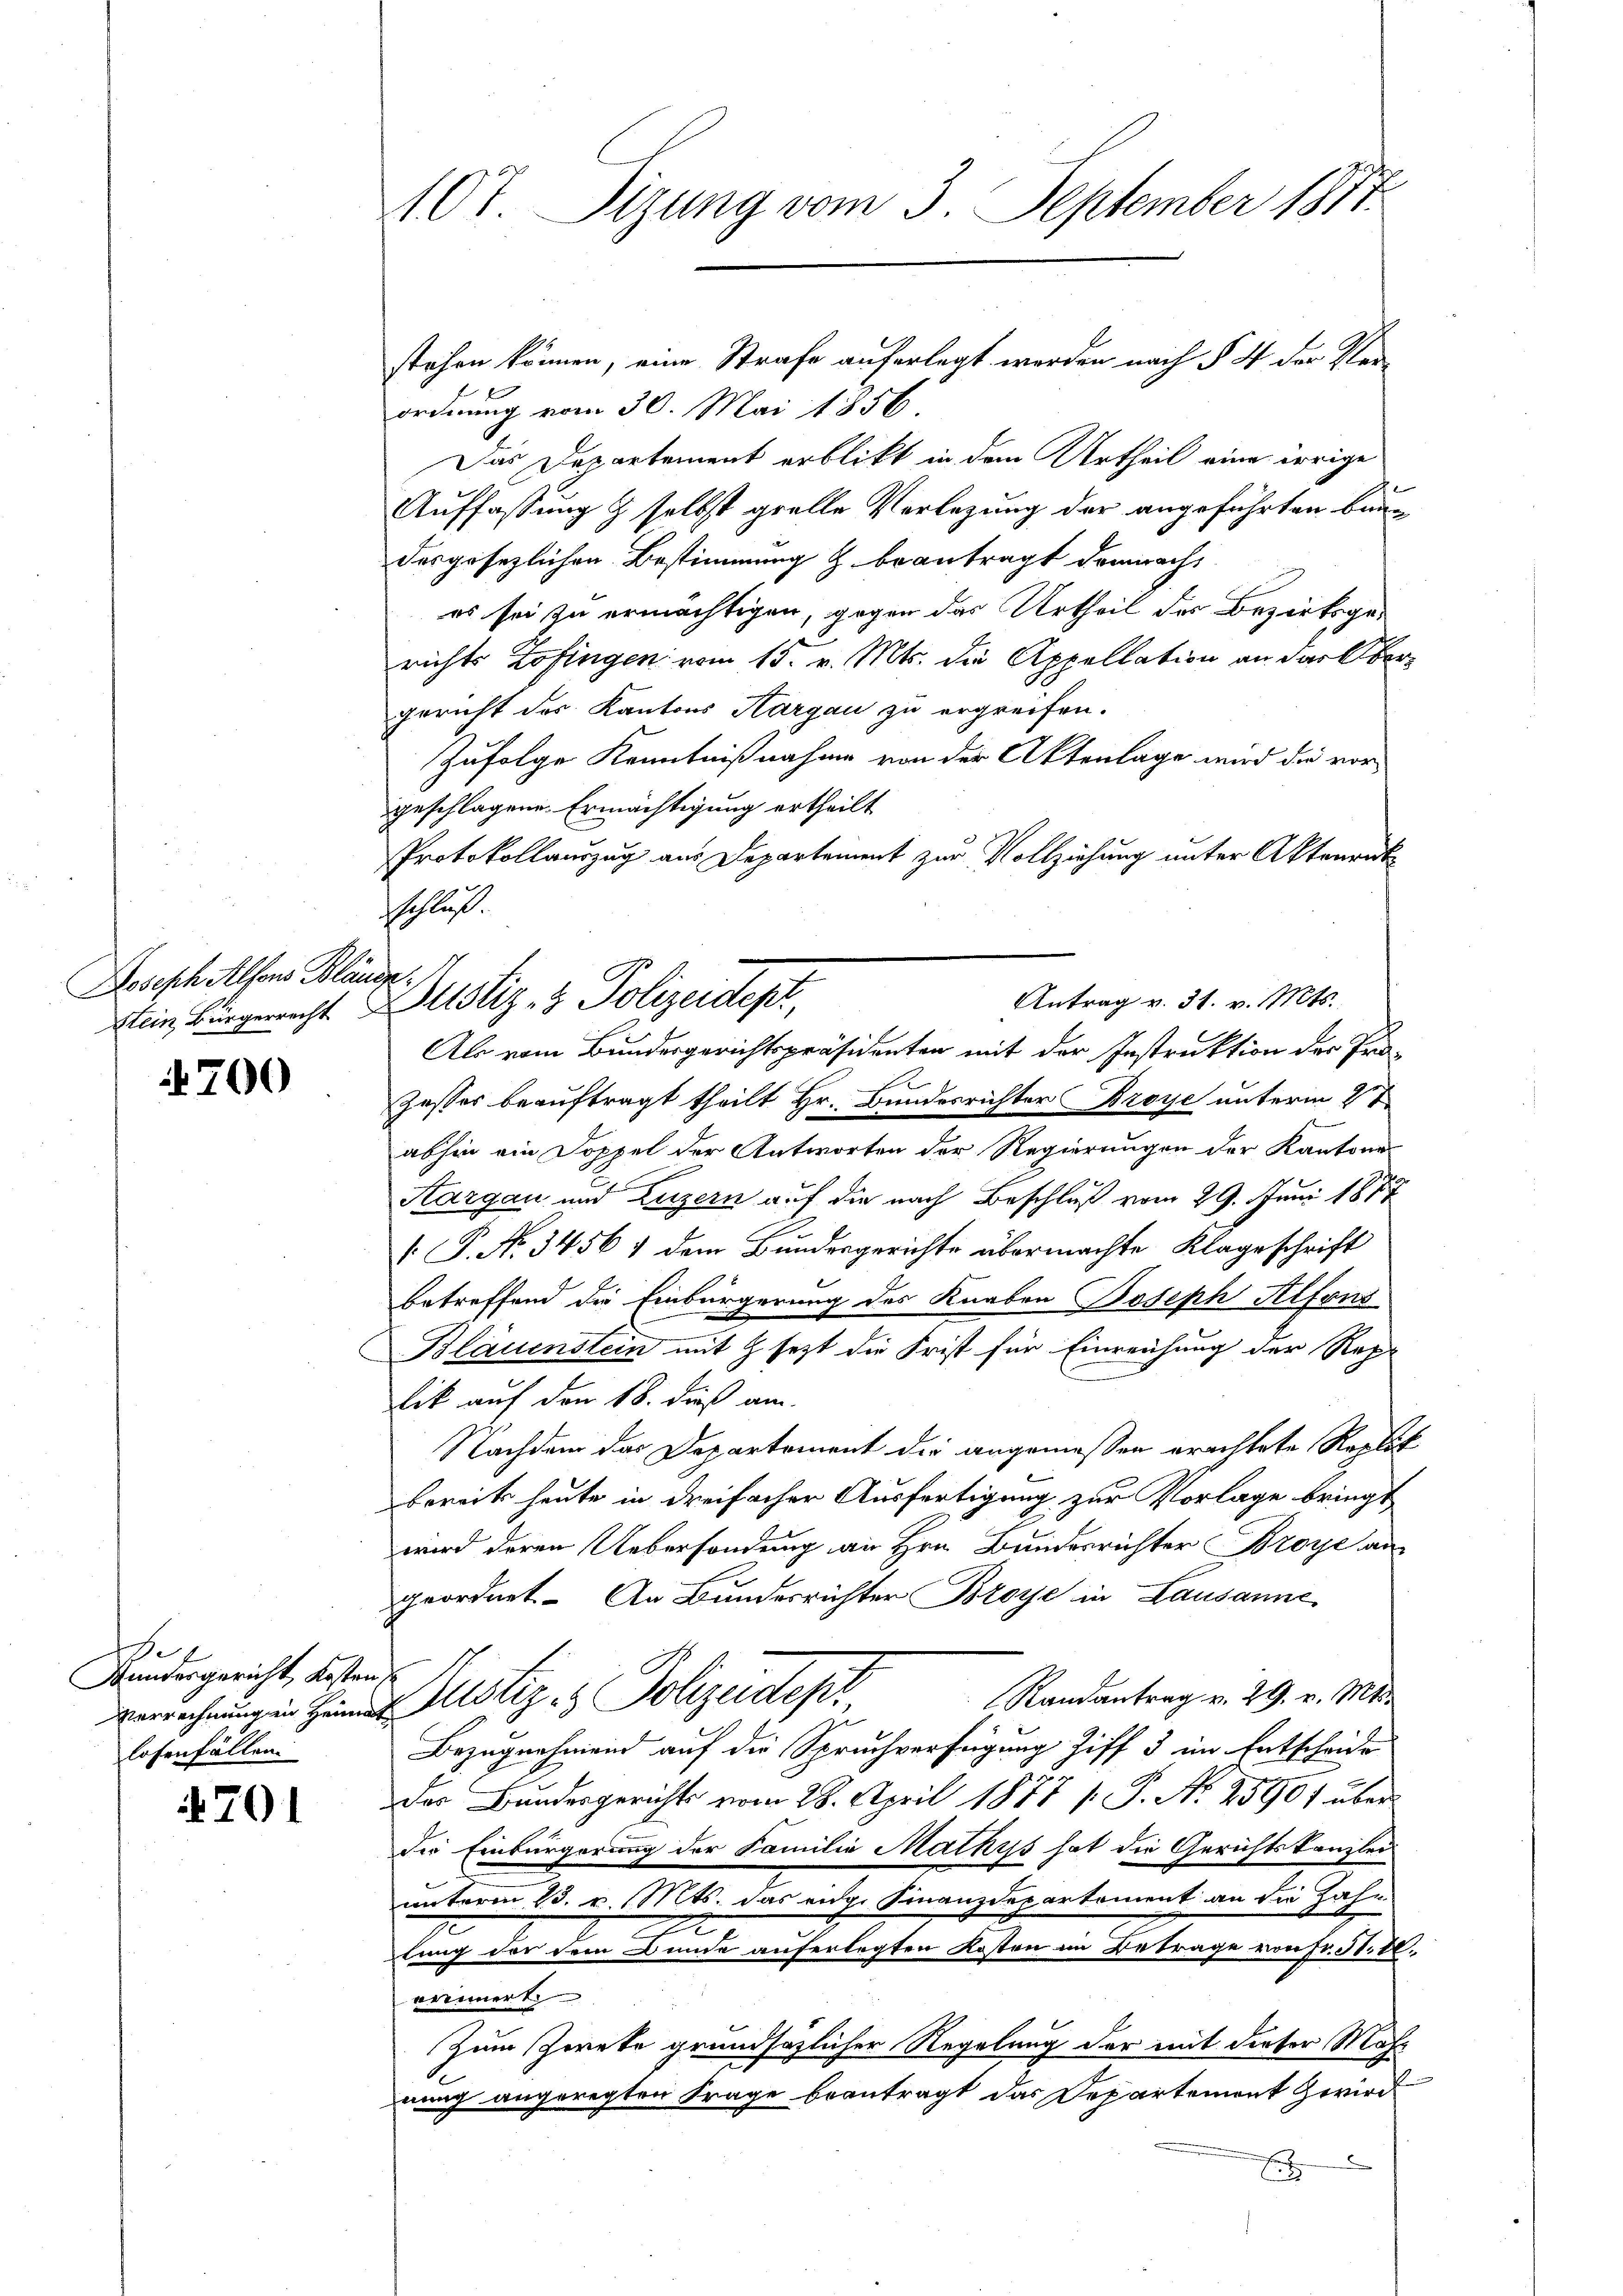
Dosisch Alfons Bläusp.

700

en
Aundesgericht Kosten
Verrechnung in Heima
losenfällen.

701

107. Sitzung vom 3. September 1817.
stehen können, eine Strafe auferlegt werden nach § 4 der Ver¬

sschluss.
Stein, Bürgericht Zustiz- & Polizeidep

ordnung vom 30. Mai 1856.
Das Departement erblickt in dem Urtheil eine irrige
Auffassung & selbst grelle Verlegung der angeführten Baue
desgesezlichen Bestimmung & beantragt demnach,
es sei zu ermächtigen, gegen das Urtheil der Bezirksgerichts Zofingen vom 15. v. Mts. die Appellation an das Obergericht des Kantons Aargau zu ergreifen.
Zufolge Kenntnißnahme von der Aktenlage wird die vor
geschlagene Ermächtigung ertheilt
Protokollauszug aus Departement zur Vollziehung unter Aktenrück
Als vom Bundesgerichtspräsidenten mit der Instruktion der Prozesser beauftragt theilt Hr. Bundesrichter Broye unterm 2te
abhin ein Doppel der Antworten der Regierungen der Kantone
Aargau und Luzern auf die nach Beschluß vom 29. Juni 1877
 P. N. 3456 & dem Bundesgerichte übermachte Klageschrift
betreffend die Einbürgerung des Knaben Joseph Alfons
Bläuenstein mit Z jezt die Frist für Einreichung der Rep
lik auf den 18. dieß am
Nachdem das Departement die angemessen erachtete Replit
bereits heute in dreifacher Ausfertigung zur Vorlage bringt
wird deren Uebersendung an Hrn. Bundesrichter Broye an
geordnet. An Bundesrichter Broye in Lausanne
ch
Randantrag v. 29. v. Mts.
Justiz- & Polizeidepr
Bezugnahmend auf die Spruchverfügung Ziff 3 im Entscheide
Das Bandesgerichts vom 28. April 1877 /: P. N. 25907 über¬
Der Einbürgerung der Familie Mathiss hat die Gerichtskanzlei
unterm 23. v. Mts. das eige Finanzdepartement an die Zahn
e
lung der dem Bunde auferlegten Kosten im Betrage von Fr. 5. d.
erinnert
Zum Zerete grundsazlicher Regelung der mit dieser Mah-
nung angeregten Frage beantragt das Departement Zwir
E

Antrag v. 31. v. Mts.